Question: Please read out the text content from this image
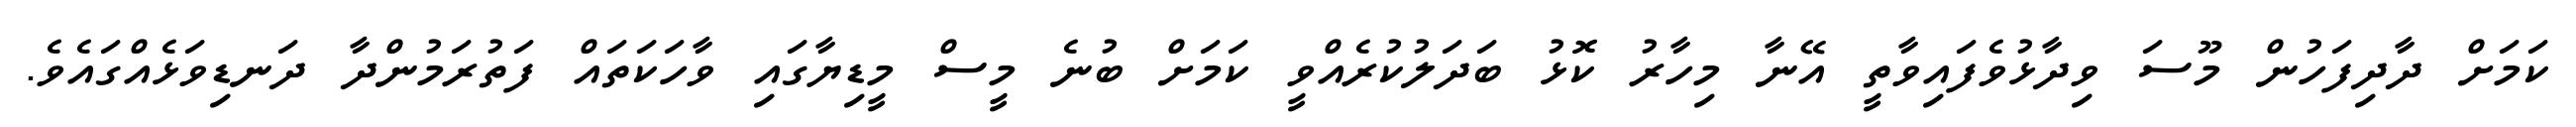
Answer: ކަމަށް ދާދިފަހުން މޫސަ ވިދާޅުވެފައިވާތީ އޭނާ މިހާރު ކޮޅު ބަދަލުކުރެއްވީ ކަމަށް ބުނެ މީސް މީޑިޔާގައި ވާހަކަތައް ފަތުރަމުންދާ ދަނޑިވަޅެއްގައެވެ.